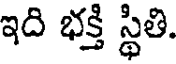
ఇది భక్తి స్థితి.